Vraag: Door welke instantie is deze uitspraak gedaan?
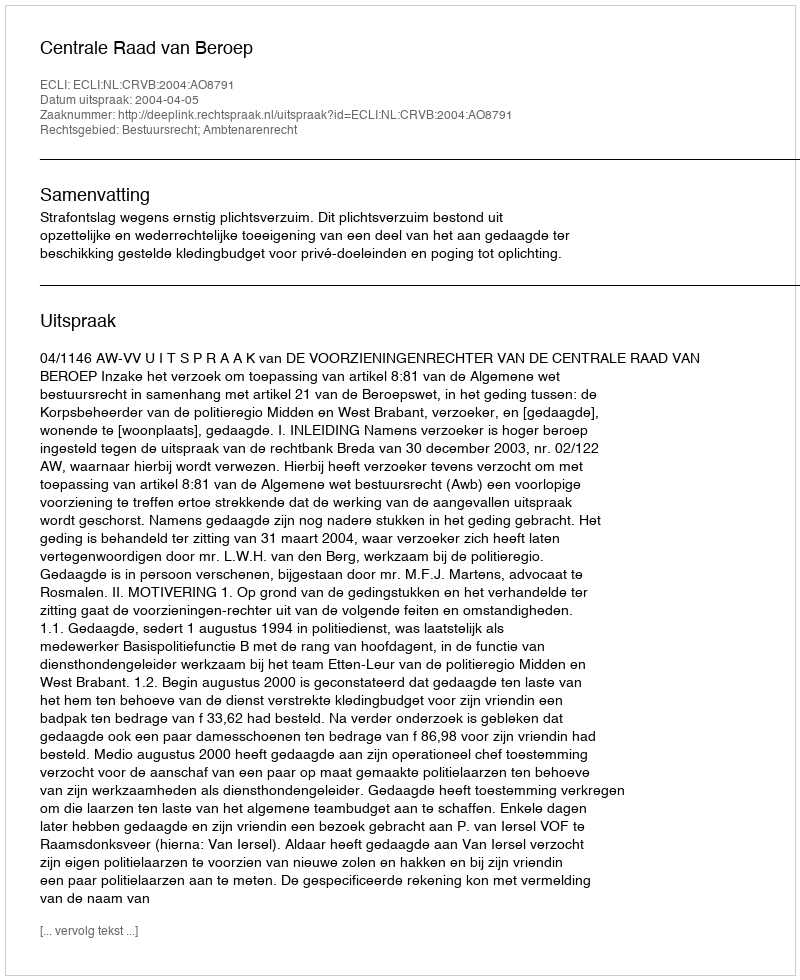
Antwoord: Centrale Raad van Beroep